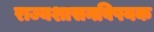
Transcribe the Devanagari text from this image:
राज्यशासनविषयक